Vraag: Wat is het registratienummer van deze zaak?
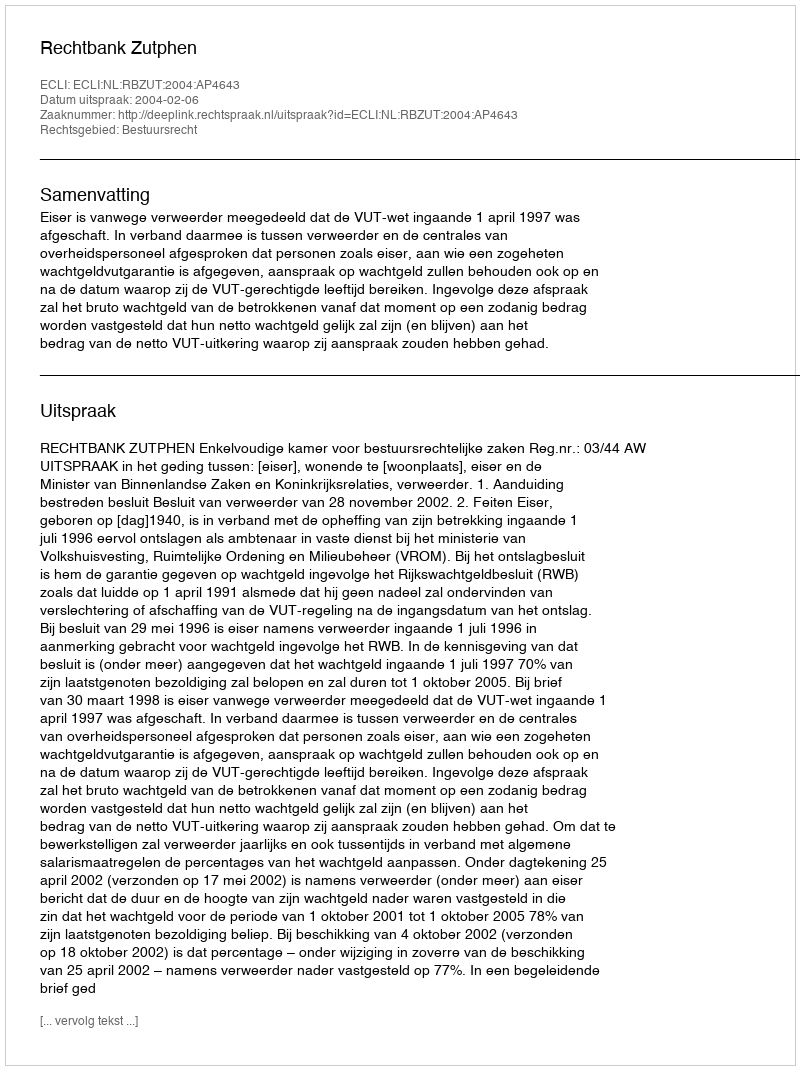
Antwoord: http://deeplink.rechtspraak.nl/uitspraak?id=ECLI:NL:RBZUT:2004:AP4643